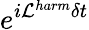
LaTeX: e^{i\mathcal{L}^{harm}\delta t}